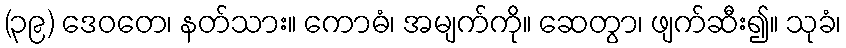
(၃၉) ဒေဝတေ၊ နတ်သား။ ကောဓံ၊ အမျက်ကို။ ဆေတွာ၊ ဖျက်ဆီး၍။ သုခံ၊